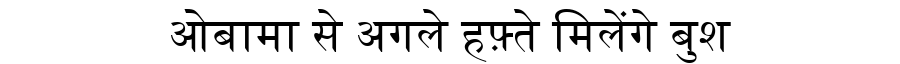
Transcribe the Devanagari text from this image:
ओबामा से अगले हफ़्ते मिलेंगे बुश